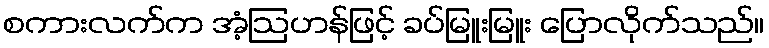
စကားလက်က အံ့ဩဟန်ဖြင့် ခပ်မြူးမြူး ပြောလိုက်သည်။